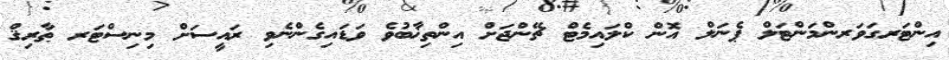
އިންޓަރގަވަރންމަންޓަލް ޕެނަލް އޮން ކްލައިމެޓް ޗޭންޖަށް އިންތިޚާބުވެ ވަޑައިގެންނެވި ރައީސަށް މިނިސްޓަރ ޠާރިޤް